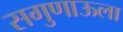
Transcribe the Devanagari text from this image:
सगुणाऊला